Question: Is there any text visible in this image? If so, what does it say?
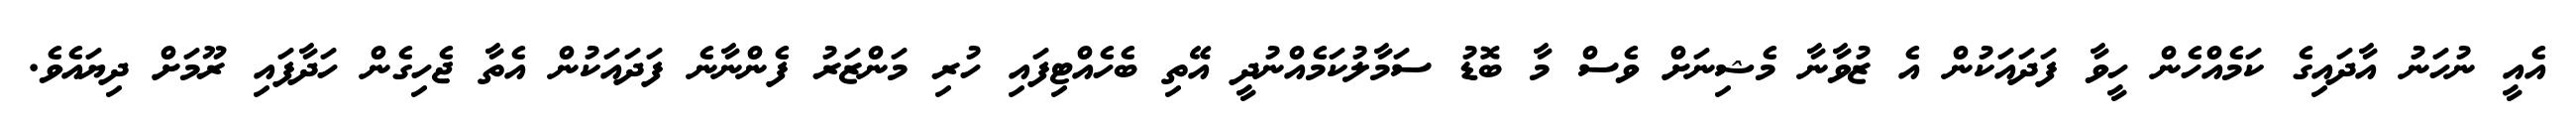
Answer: އެއީ ނުހަނު އާދައިގެ ކަމެއްހެން ހީވާ ފަދައަކުން އެ ޒުވާނާ މެޝިނަށް ވެސް މާ ބޮޑު ސަމާލުކަމެއްނުދީ އޭތި ބެހެއްޓިފައި ހުރި މަންޒަރު ފެންނާނެ ފަދައަކުން އެތާ ޖެހިގެން ހަދާފައި ރޫމަށް ދިޔައެވެ.